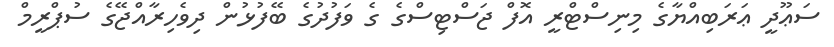
ސަޢޫދީ ޢަރަބިއްޔާގެ މިނިސްޓްރީ އޮފް ޖަސްޓިސްގެ ގެ ވަފުދުގެ ބޭފުޅުން ދިވެހިރާއްޖޭގެ ސުޕްރީމް